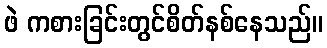
ဖဲ ကစားခြင်းတွင်စိတ်နစ်နေသည်။